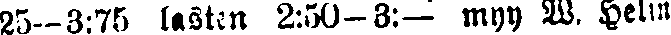
25--3:75 lasten 2:50-3:— myy W. Helin